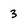
Character: 3